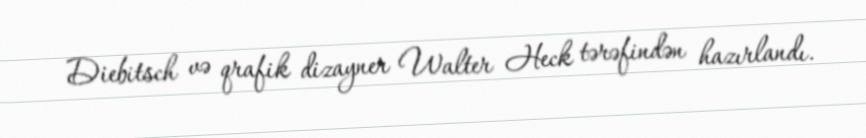
Diebitsch və qrafik dizayner Walter Heck tərəfindən hazırlandı.